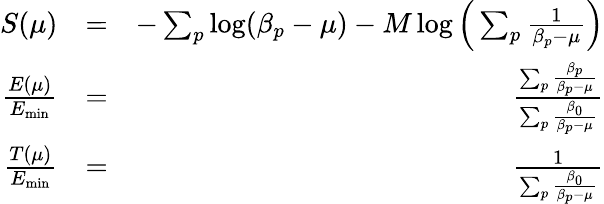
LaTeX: \begin{array}{rlr}{{S}(\mu)}&{=}&{-\sum_{p}\log(\beta_{p}-\mu)-M\log\Big(\sum_{p}\frac{1}{\beta_{p}-\mu}\Big)}\\ {\frac{E(\mu)}{E_{\mathrm{min}}}}&{=}&{\frac{\sum_{p}\frac{\beta_{p}}{\beta_{p}-\mu}}{\sum_{p}\frac{\beta_{0}}{\beta_{p}-\mu}}}\\ {\frac{T(\mu)}{E_{\mathrm{min}}}}&{=}&{\frac{1}{\sum_{p}\frac{\beta_{0}}{\beta_{p}-\mu}}}\end{array}